Epidemic dropsy in Calcutta - Number 49
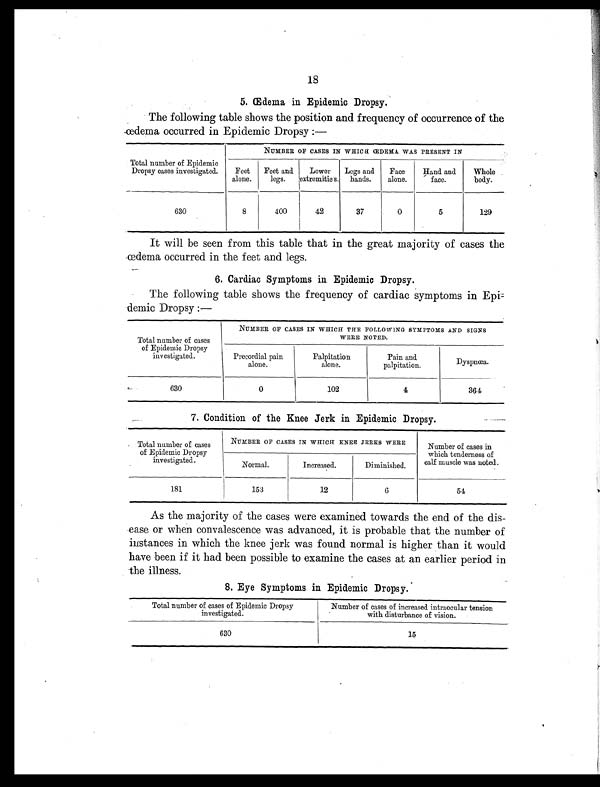
18
5. Œdema in Epidemic Dropsy.
The following table shows the position and frequency of occurrence of the
œdema occurred in Epidemic Dropsy :—
Total number of Epidemic
Dropsy cases investigated.
NUMBER OF CASES IN WHICH (ŒDEMA WAS PRESENT IN
Feet
alone.
Feet and
legs.
Lower
extremities.
Legs and
hands.
Face
alone.
Hand and
face.
Whole
body.
630
8
400
42
37
0
5
129
It will be seen from this table that in the great majority of cases the
œdema occurred in the feet and legs.
6. Cardiac Symptoms in Epidemic Dropsy.
The following table shows the frequency of cardiac symptoms in Epi
-demic Dropsy :—
Total number of cases
of Epidemic Dropsy
investigated.
NUMBER OF CASES IN WHICH THE FOLLOWING SYMPTOMS AND SIGNS
WERE NOTED.
Precordial pain
alone.
Palpitation
alone.
Pain and.
palpitation.
Dyspnœa.
630
0
102
4
364
7. Condition of the Knee Jerk in Epidemic Dropsy.
Total number of cases
of Epidemic Dropsy
investigated.
NUMBER OF CASES IN WHICH KNEE JERKS WERE
Number of cases in
which tenderness of
calf muscle was noted.
Normal.
Increased.
Diminished.
181
I153
12
6
54
As the majority of the cases were examined towards the end of the dis-
ease or when convalescence was advanced, it is probable that the number of
instances in which the knee jerk was found normal is higher than it would
have been if it had been possible to examine the cases at an earlier period in
the illness.
8. Eye Symptoms in Epidemic Dropsy.
Total number of cases of Epidemic Dropsy
investigated.
Number of cases of increased intraocular tension
with disturbance of vision.
630
,--.
15